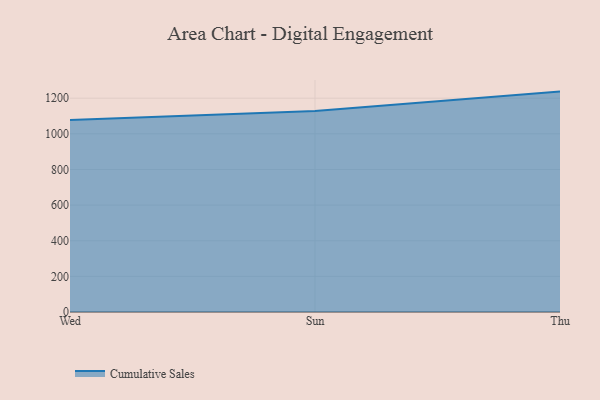
{"axis": {"x": "Day", "y": "Revenue (USD Million)"}, "legend": ["Cumulative Sales"], "data": [{"x": "Wed", "y": 1077.5, "type": "Cumulative Sales"}, {"x": "Sun", "y": 1128.0, "type": "Cumulative Sales"}, {"x": "Thu", "y": 1237.1, "type": "Cumulative Sales"}]}